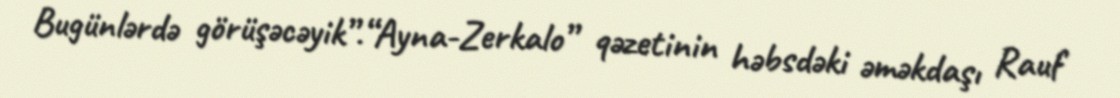
Bugünlərdə görüşəcəyik”.“Ayna-Zerkalo” qəzetinin həbsdəki əməkdaşı Rauf